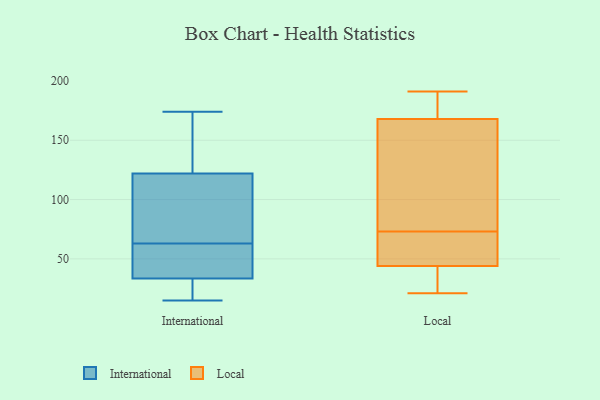
{"axis": {"x": "LTV (USD)", "y": "Value"}, "legend": ["International", "Local"], "data": [{"x": "", "y": 143, "type": "International"}, {"x": "", "y": 51, "type": "International"}, {"x": "", "y": 127, "type": "International"}, {"x": "", "y": 15, "type": "International"}, {"x": "", "y": 34, "type": "International"}, {"x": "", "y": 57, "type": "International"}, {"x": "", "y": 174, "type": "International"}, {"x": "", "y": 21, "type": "International"}, {"x": "", "y": 22, "type": "International"}, {"x": "", "y": 70, "type": "International"}, {"x": "", "y": 117, "type": "International"}, {"x": "", "y": 85, "type": "International"}, {"x": "", "y": 69, "type": "International"}, {"x": "", "y": 33, "type": "International"}, {"x": "", "y": 144, "type": "International"}, {"x": "", "y": 49, "type": "International"}, {"x": "", "y": 22, "type": "Local"}, {"x": "", "y": 182, "type": "Local"}, {"x": "", "y": 43, "type": "Local"}, {"x": "", "y": 150, "type": "Local"}, {"x": "", "y": 87, "type": "Local"}, {"x": "", "y": 71, "type": "Local"}, {"x": "", "y": 168, "type": "Local"}, {"x": "", "y": 40, "type": "Local"}, {"x": "", "y": 75, "type": "Local"}, {"x": "", "y": 178, "type": "Local"}, {"x": "", "y": 44, "type": "Local"}, {"x": "", "y": 191, "type": "Local"}, {"x": "", "y": 178, "type": "Local"}, {"x": "", "y": 77, "type": "Local"}, {"x": "", "y": 21, "type": "Local"}, {"x": "", "y": 49, "type": "Local"}, {"x": "", "y": 59, "type": "Local"}, {"x": "", "y": 54, "type": "Local"}]}